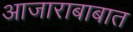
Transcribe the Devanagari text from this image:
आजाराबाबात